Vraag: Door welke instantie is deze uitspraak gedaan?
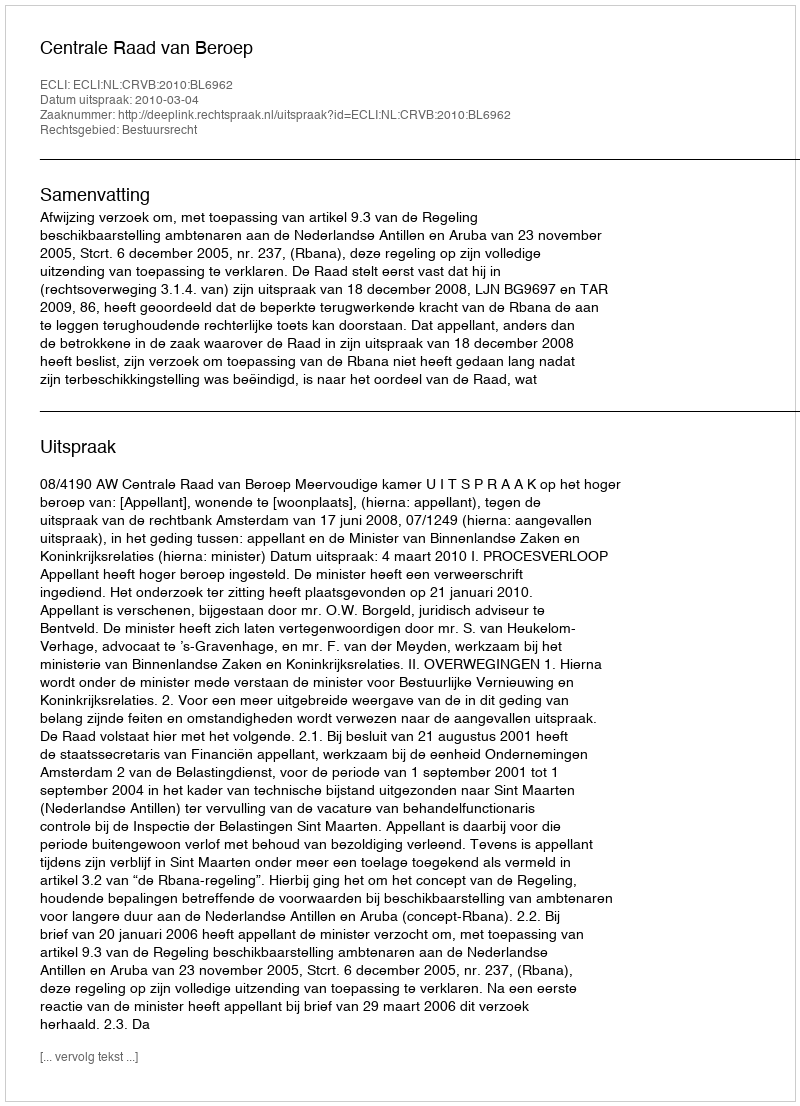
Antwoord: Centrale Raad van Beroep